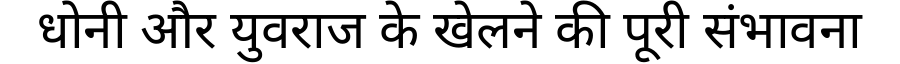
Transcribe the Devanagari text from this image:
धोनी और युवराज के खेलने की पूरी संभावना